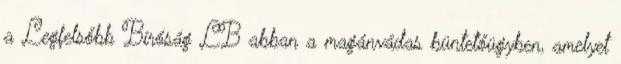
a Legfelsőbb Bíróság LB abban a magánvádas büntetőügyben, amelyet